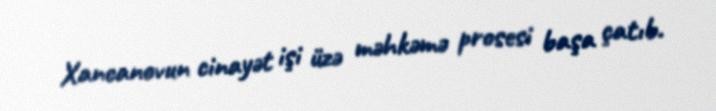
Xancanovun cinayət işi üzə məhkəmə prosesi başa çatıb.